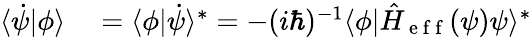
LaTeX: \begin{array}{rl}{\langle\dot{\psi}|\phi\rangle}&{{}=\langle\phi|\dot{\psi}\rangle^{\ast}=-(i\hbar)^{-1}\langle\phi|\hat{H}_{\mathrm{~e~f~f~}}(\psi)\psi\rangle^{\ast}}\end{array}